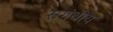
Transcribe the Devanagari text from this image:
सगंधीय